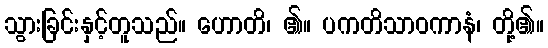
သွားခြင်းနှင့်တူသည်။ ဟောတိ၊ ၏။ ပကတိသာဝကာနံ၊ တို့၏။